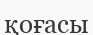
қоғасы